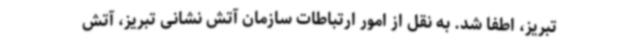
تبریز، اطفا شد. به نقل از امور ارتباطات سازمان آتش نشانی تبریز، آتش